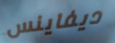
ديفاينس